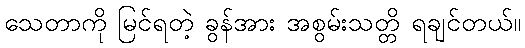
သေတာကို မြင်ရတဲ့ ခွန်အား အစွမ်းသတ္တိ ရချင်တယ်။